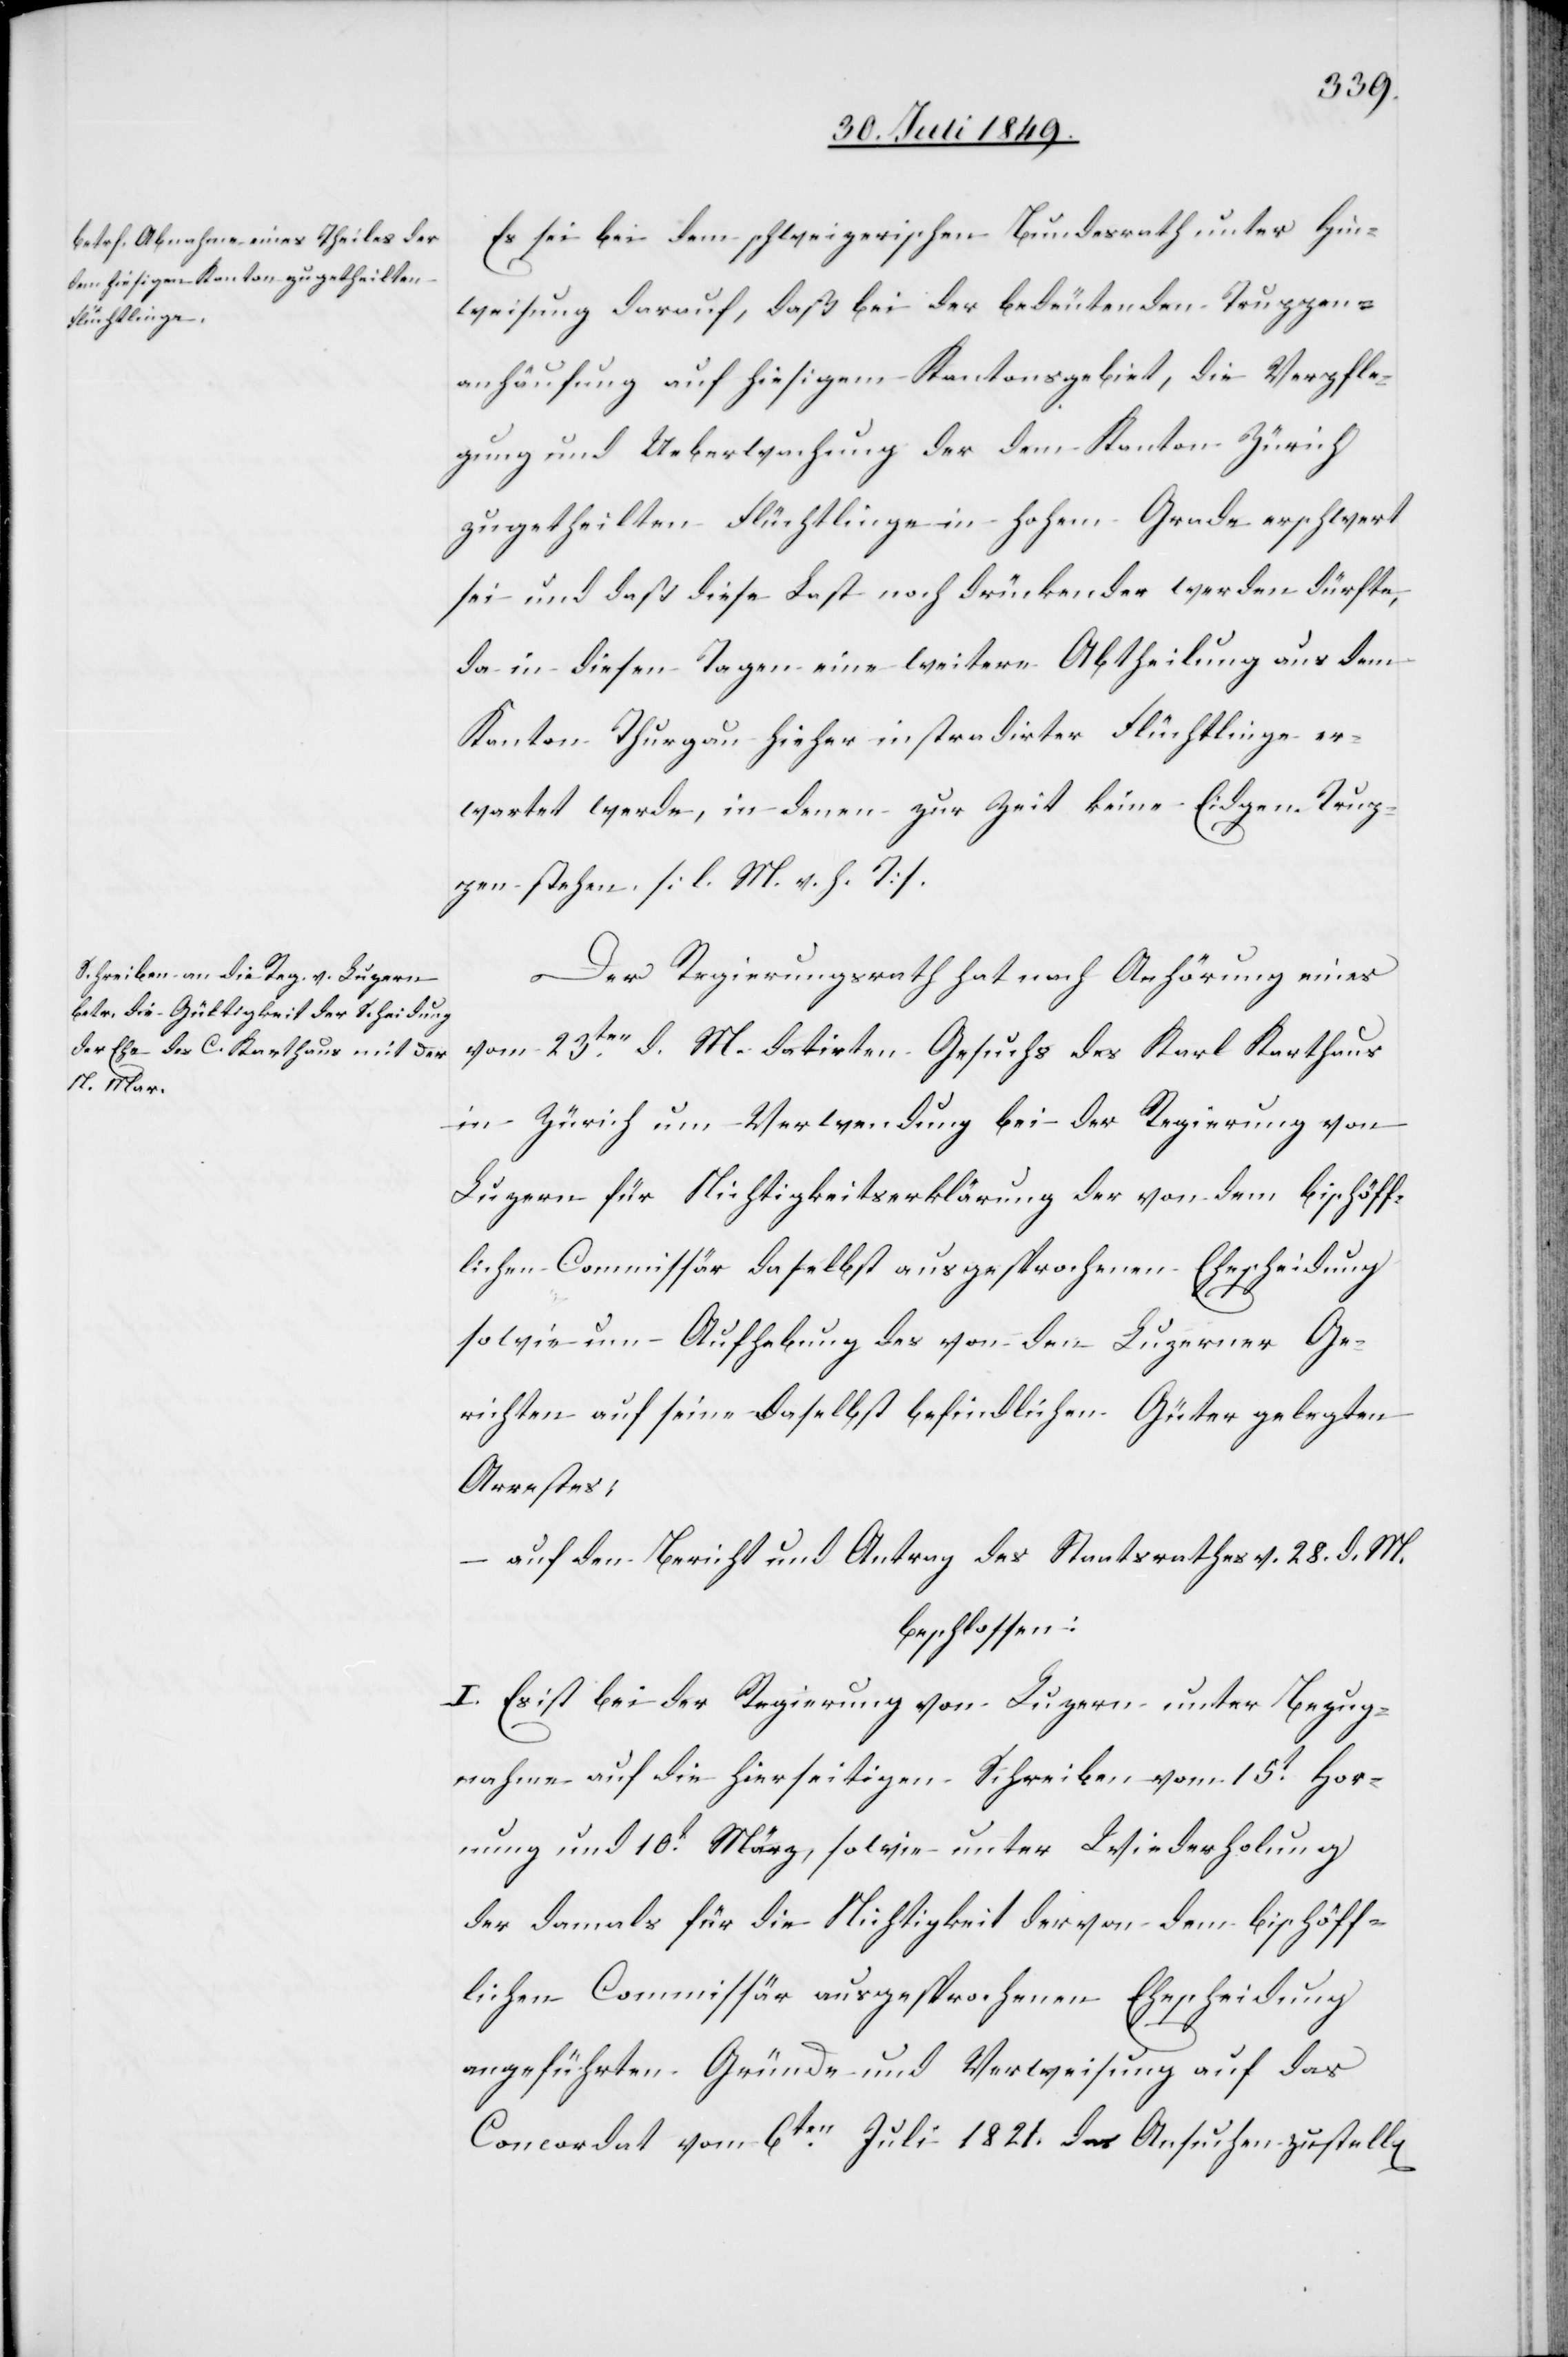
Es sei bei dem schweizerischen Bundesrath unter Hin¬
weisung darauf, daß bei der bedeutenden Truppen¬
anhäufung auf hiesigem Kantonsgebiet, die Verpfle¬
gung und Ueberwachung der dem Kanton Zürich
zugetheilten Flüchtlinge in hohem Grade erschwert
sei und daß diese Last noch drückender werden dürfte,
da in diesen Tagen eine weitere Abtheilung aus dem
Kanton Thurgau hieher instradirter Flüchtlinge er¬
wartet werde, in denen zur Zeit keine Eidgen. Trup¬
pen stehen. [l. M. v. h. T]
Der Regierungsrath hat nach Anhörung eines
vom 23ten d. M. datirten Gesuchs des Karl Karthaus
in Zürich um Verwendung bei der Regierung von
Luzern für Nichtigkeitserklärung der von dem bischöff¬
lichen Commissär daselbst ausgesprochenen Ehescheidung
sowie um Aufhebung des von den Luzerner Ge¬
richten auf seine daselbst befindlichen Güter gelegten
Arrestes
auf den Bericht und Antrag des Staatsrathes v. 28. d. M.
beschlossen:
I. Es ist bei der Regierung von Luzern unter Bezug¬
nahme auf die hierseitigen Schreiben vom 15t Hor¬
nung und 10t März, sowie unter Wiederholung
der damals für die Nichtigkeit der von dem bischöff¬
lichen Commissär ausgesprochenen Ehescheidung
angeführten Gründe und Verweisung auf das
Concordat vom 6ten Juli 1821. das Ansuchen zu stell[en]